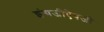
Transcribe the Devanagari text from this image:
इंग्रजीऐवजी